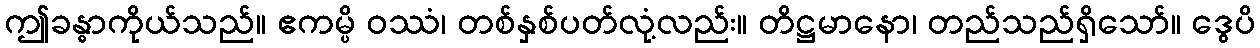
ဤခန္ဓာကိုယ်သည်။ ဧကမ္ပိ ဝဿံ၊ တစ်နှစ်ပတ်လုံ့လည်း။ တိဋ္ဌမာနော၊ တည်သည်ရှိသော်။ ဒွေပိ